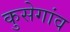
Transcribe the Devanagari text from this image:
कुसेगांव